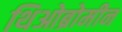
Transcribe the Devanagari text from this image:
थिओब्रोमीन